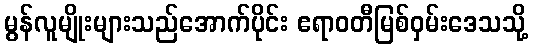
မွန်လူမျိုးများသည်အောက်ပိုင်း ဧရာဝတီမြစ်ဝှမ်းဒေသသို့